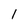
Character: l